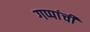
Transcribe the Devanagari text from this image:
गप्पांची